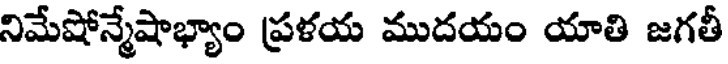
నిమేషోన్మేషాభ్యాం ప్రళయ ముదయం యాతి జగతీ